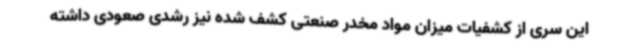
این سری از کشفیات میزان مواد مخدر صنعتی کشف شده نیز رشدی صعودی داشته